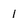
Character: 1